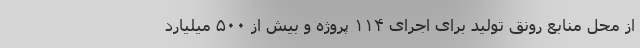
از محل منابع رونق تولید برای اجرای ۱۱۴ پروژه و بیش از ۵۰۰ میلیارد